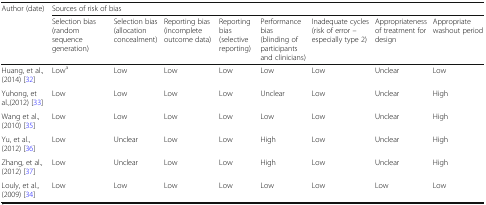
| <ROWSPAN=2> Author (date) | <COLSPAN=8> Sources of risk of bias |
 | Selection bias(random sequence generation) | Selection bias(allocation concealment) | Reporting bias(incomplete outcome data) | Reporting bias(selective reporting) | Performance bias(blinding of participants and clinicians) | Inadequate cycles(risk of error – especially type 2) | Appropriateness of treatment for design | Appropriate washout period |
 | --- | --- | --- | --- | --- | --- | --- | --- | --- |
 | Huang, et al., (2014) [32] | Lowa | Low | Low | Low | Low | Low | Unclear | Low |
 | Yuhong, et al.,(2012) [33] | Low | Low | Low | Low | Unclear | Low | Unclear | High |
 | Wang et al., (2010) [35] | Low | Low | Low | Low | Low | Low | Unclear | High |
 | Yu, et al., (2012) [36] | Low | Unclear | Low | Low | High | Low | Unclear | High |
 | Zhang, et al., (2012) [37] | Low | Unclear | Low | Low | High | Low | Unclear | High |
 | Louly, et al., (2009) [34] | Low | Low | Low | Low | Low | Low | Low | Low |